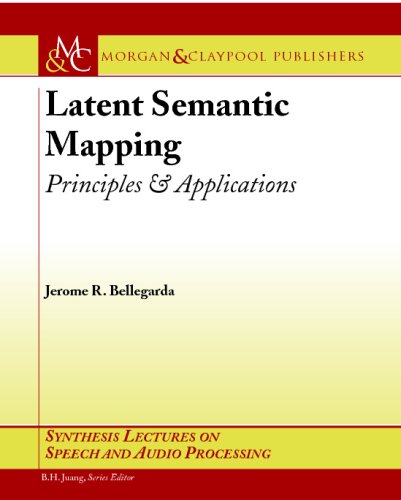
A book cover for Latent Semantic Mapping: Principles and Applications (Synthesis Lectures on Speech and Audio Processing); Jerome Bellegarda; Computers & Technology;